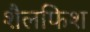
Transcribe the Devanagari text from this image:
शैलफिश